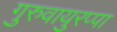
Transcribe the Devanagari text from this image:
गुरुवायुरप्पा